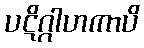
ပဋိဂ္ဂါဟကာပိ